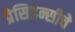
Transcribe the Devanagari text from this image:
प्रेसिडेन्सीचे